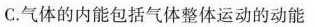
C.气体的内能包括气体整体运动的动能